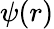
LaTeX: \psi(r)